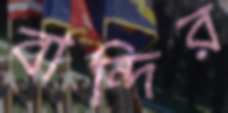
বান্দির